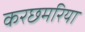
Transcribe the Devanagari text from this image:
करछमरिया